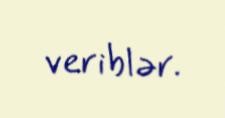
veriblər.